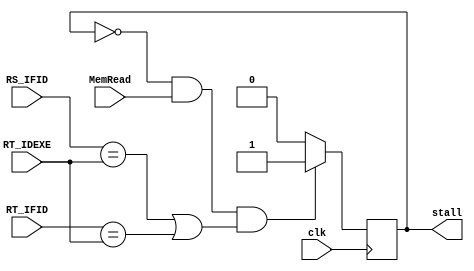
module HazardStallMux( 
	input clk, 
	input MemRead,
	input [4:0] RT_IFID,
	input [4:0] RS_IFID,
	input [4:0] RT_IDEXE,
	output stall	
);

always @ (posedge clk) begin 
if (!stall && MemRead && ((RS_IFID==RT_IDEXE)|| (RT_IFID==RT_IDEXE))) 
begin 
		stall = 1'b1;
		$display("Stalling!!");
end 
	else
	 begin 
		stall = 1'b0;
	end 
end 

endmodule